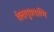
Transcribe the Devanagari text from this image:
वेलायुधपाणि